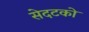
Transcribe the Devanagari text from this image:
सेदटको